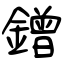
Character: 鏳